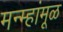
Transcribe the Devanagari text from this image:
मन्म्हांमूळ